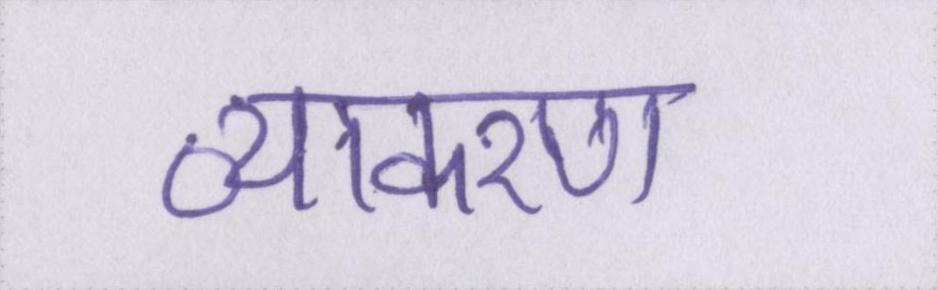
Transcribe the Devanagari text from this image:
व्याकरण